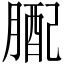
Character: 𦟊